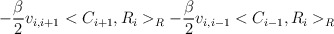
\begin{align*}-\frac{\beta }{2}v_{i,i+1}<C_{i+1},R_i>_R-\frac{\beta }{2}v_{i,i-1}<C_{i-1},R_i>_R \end{align*}